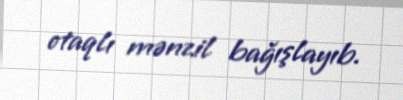
otaqlı mənzil bağışlayıb.